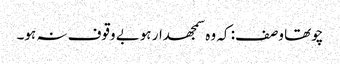
چوتھا وصف: کہ وہ سمجھدار ہوبے وقوف نہ ہو۔